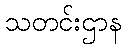
သတင်းဌာန